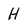
Character: H